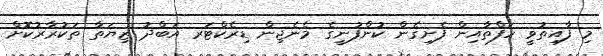
މި ފާއިތުވީ ހަފްތާއިން ފެށިގެން ކުންފުނީގެ މެނެޖިން ޑިރެކްޓަރ އަބްދު ޒިޔަތާ ތަކުރާރުކޮށް